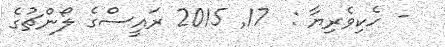
- ހެކިވެރިޔާ :  17